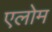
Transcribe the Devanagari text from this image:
एलोम